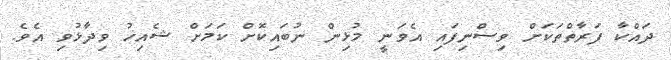
ދައްކާ ފަރާތްތަކަށް ވިސްނިފައި އެވަނީ މުޅިން ނުބައިކޮށް ކަމަށް ޝެއިޚު ވިދާޅުވި އެވެ.